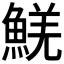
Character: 𩸑